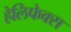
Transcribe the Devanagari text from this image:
हेलिफेक्स